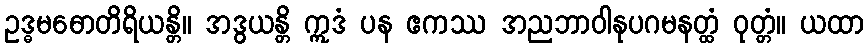
ဥဒ္ဓမဓောတိရိယန္တိ။ အဒွယန္တိ ဣဒံ ပန ဧကဿ အညဘာဝါနုပဂမနတ္ထံ ဝုတ္တံ။ ယထာ